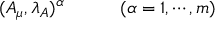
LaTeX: ( A _ { \mu } , \lambda _ { A } ) ^ { \alpha } \qquad \quad ( \alpha = 1 , \cdots , m )